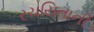
રચયિતાની